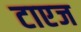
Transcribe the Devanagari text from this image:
टाएज